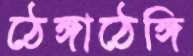
ঠেঙ্গাঠেঙ্গি